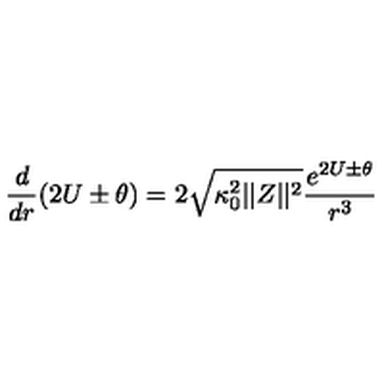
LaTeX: { \frac { d } { d r } } ( 2 U \pm \theta ) = 2 \sqrt { \kappa _ { 0 } ^ { 2 } | | Z | | ^ { 2 } } { \frac { e ^ { 2 U \pm \theta } } { r ^ { 3 } } }